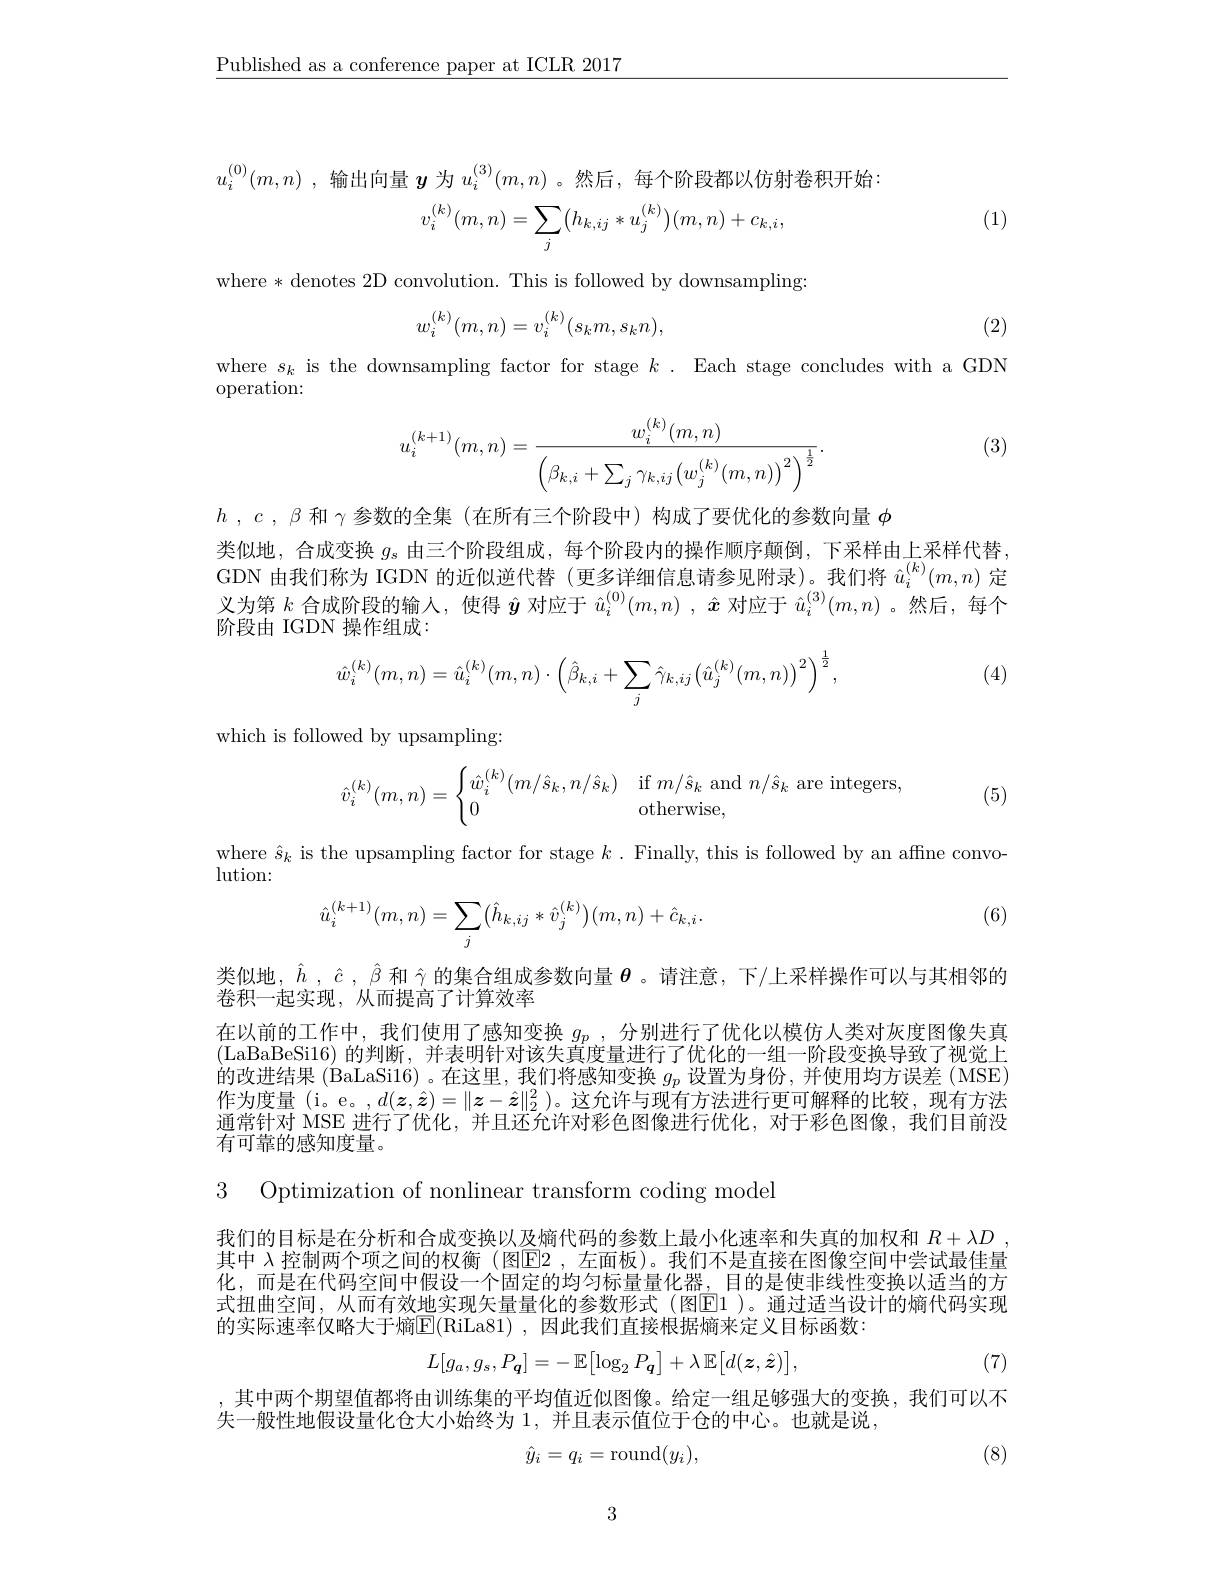
$\underline{\text{Published as a conference paper at ICLR 2017}}$

$u_{i}^{( 0) }( m, n)$ ,输出向量$\boldsymbol{y}$为$u_i^{(3)}(m,n)$ 。然后，每个阶段都以仿射卷积开始
$$v_i^{(k)}(m,n)=\sum_j\bigl(h_{k,ij}*u_j^{(k)}\bigr)(m,n)+c_{k,i},$$
(1)

where *denotes 2D convolution. This is followed by downsampling:
$$w_{i}^{(k)}(m,n)=v_{i}^{(k)}(s_{k}m,s_{k}n),$$
(2)

where $s_k$ is the downsampling factor for stage $k.$ Each stage concludes with a GDN
operation:

(3)
$$u_i^{(k+1)}(m,n)=\frac{w_i^{(k)}(m,n)}{\left(\beta_{k,i}+\sum_j\gamma_{k,ij}\left(w_j^{(k)}(m,n)\right)^2\right)^{\frac{1}{2}}}.$$
$h$ , $c$ , $\beta$和$\gamma$参数的全集(在所有三个阶段中)构成了要优化的参数向量$\phi$
类似地，合成变换$g_\mathrm{s}$由三个阶段组成，每个阶段内的操作顺序颠倒，下采样由上采样代替， GDN 由我们称为 IGDN 的近似逆代替(更多详细信息请参见附录)。我们将$\hat{u}_i^{(k)}(m,n)$定义为第$k$合成阶段的输人，使得$\hat{\boldsymbol{y}}$对应于$\hat{u}_i^{(0)}(m,n)$ ,$\hat{\boldsymbol{x}}$对应于$\hat{u}_i^{(3)}(m,n)$ 。然后，每个阶段由 IGDN 操作组成：
$$\hat w_i^{(k)}(m,n)=\hat u_i^{(k)}(m,n)\cdot\left(\hat\beta_{k,i}+\sum_j\hat\gamma_{k,ij}\left(\hat u_j^{(k)}(m,n)\right)^2\right)^{\frac{1}{2}},$$
(4)

which is followed by upsampling:
$$\hat v_i^{(k)}(m,n)=\begin{cases}\hat w_i^{(k)}(m/\hat s_k,n/\hat s_k)&\text{if}m/\hat s_k\text{and}n/\hat s_k\text{are integ}\\0&\text{otherwise},\end{cases}$$
(5)

where $\hat{s}_k$ is the upsampling factor for stage $k$ . Finally, this is followed by an affine convo-
$lution:$
$$\hat{u}_i^{(k+1)}(m,n)=\sum_j\bigl(\hat{h}_{k,ij}*\hat{v}_j^{(k)}\bigr)(m,n)+\hat{c}_{k,i}.$$
(6)

类似地，$\hat{h},\hat{c},\hat{\beta}$和$\hat{\gamma}$的集合组成参数向量$\theta$ 。请注意，下/上采样操作可以与其相邻的
卷积一起实现，从而提高了计算效率
在以前的工作中，我们使用了感知变换$g_p$ ,分别进行了优化以模仿人类对灰度图像失真(LaBaBeSi16)的判断，并表明针对该失真度量进行了优化的一组一阶段变换导致了视觉上的改进结果 (BaLaSi16) 。在这里，我们将感知变换$g_p$设置为身份，并使用均方误差 (MSE) 作为度量(i。e。$,d(\boldsymbol{z},\hat{\boldsymbol{z}})=\|\boldsymbol{z}-\hat{\boldsymbol{z}}\|_2^2)$。这允许与现有方法进行更可解释的比较，现有方法通常针对 MSE 进行了优化，并且还允许对彩色图像进行优化，对于彩色图像，我们目前没有可靠的感知度量。

3 Optimization of nonlinear transform coding model

我们的目标是在分析和合成变换以及熵代码的参数上最小化速率和失真的加权和$R+\lambda D$ 其中 $\lambda$ 控制两个项之间的权衡(图$\mathbb{E}$2,左面板)。我们不是直接在图像空间中尝试最佳量化，而是在代码空间中假设一个固定的均匀标量量化器，目的是使非线性变换以适当的方式扭曲空间，从而有效地实现矢量量化的参数形式(图$\underline{\mathrm{E}}$1)。通过适当设计的熵代码实现的实际速率仅略大于熵$\overline{\mathrm{E}}($RiLa81),因此我们直接根据熵来定义目标函数：
$$L[g_{a},g_{s},P_{\boldsymbol{q}}]=-\:\mathbb{E}\big[\log_{2}P_{\boldsymbol{q}}\big]+\lambda\:\mathbb{E}\big[d(\boldsymbol{z},\hat{\boldsymbol{z}})\big],$$
(7)

其中两个期望值都将由训练集的平均值近似图像。给定一组足够强大的变换，我们可以不
失一般性地假设量化仓大小始终为 1, 并且表示值位于仓的中心。也就是说，
$$\hat{y}_{i}=q_{i}=\mathrm{round}(y_{i}),$$
(8)

3